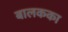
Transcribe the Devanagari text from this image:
बालकका